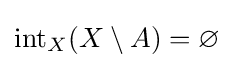
\operatorname {int} _{X}(X\setminus A)=\varnothing